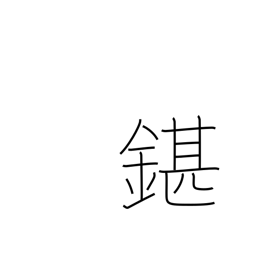
Meaning: unsatisfactory